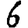
Digit: 6